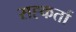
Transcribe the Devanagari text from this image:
सह्कर्ता